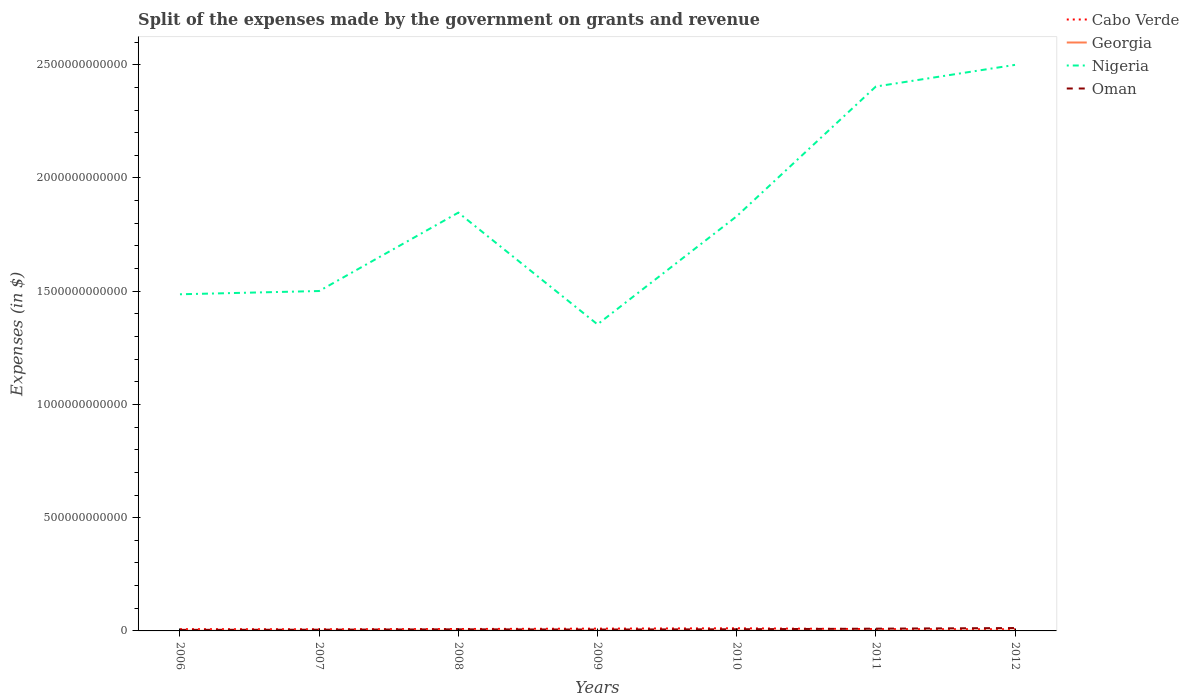
| Years | Cabo Verde | Georgia | Nigeria | Oman |
 | --- | --- | --- | --- | --- |
 | 2006 | 7.76e+09 | 6.6e+08 | 1.49e+12 | 4.63e+09 |
 | 2007 | 7.32e+09 | 5.61e+08 | 1.5e+12 | 5.4e+09 |
 | 2008 | 8.47e+09 | 9.76e+08 | 1.85e+12 | 7.02e+09 |
 | 2009 | 1.02e+10 | 7.55e+08 | 1.35e+12 | 6.14e+09 |
 | 2010 | 1.16e+10 | 8.29e+08 | 1.83e+12 | 7.31e+09 |
 | 2011 | 8.08e+09 | 5.87e+08 | 2.4e+12 | 9.99e+09 |
 | 2012 | 7.3e+09 | 7.47e+08 | 2.5e+12 | 1.27e+10 |